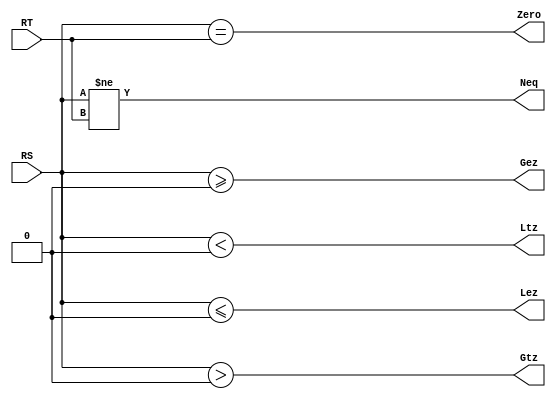
`timescale 1ns / 1ps

module cmp(
    input [31:0] RS,
    input [31:0] RT,
    output Zero,
    output Neq,
    output Lez,
    output Gtz,
    output Ltz,
    output Gez
    );

assign Zero = RS == RT;
assign Neq  = RS != RT;
assign Lez  = $signed(RS) <= 0;
assign Gtz  = $signed(RS) >  0;
assign Ltz  = $signed(RS) <  0;
assign Gez  = $signed(RS) >= 0;

endmodule